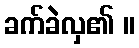
ခက်ခဲလှ၏ ။